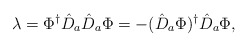
\begin{align*}\lambda = \Phi^\dag \hat D_a \hat D_a \Phi = - (\hat D_a\Phi)^\dag \hat D_a \Phi,\end{align*}